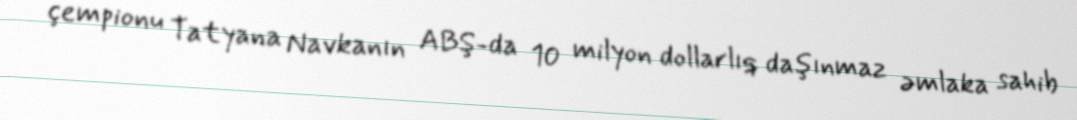
çempionu Tatyana Navkanın ABŞ-da 10 milyon dollarlıq daşınmaz əmlaka sahib